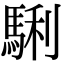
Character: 𩣫